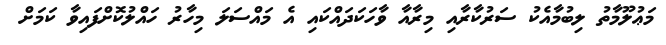
މަޢުލޫމާތު ލިބުމާއެކު ސަރުކާރާއި މިރާއާ ވާހަކަދައްކައި އެ މައްސަލަ މިހާރު ހައްލުކޮށްފައިވާ ކަމަށް